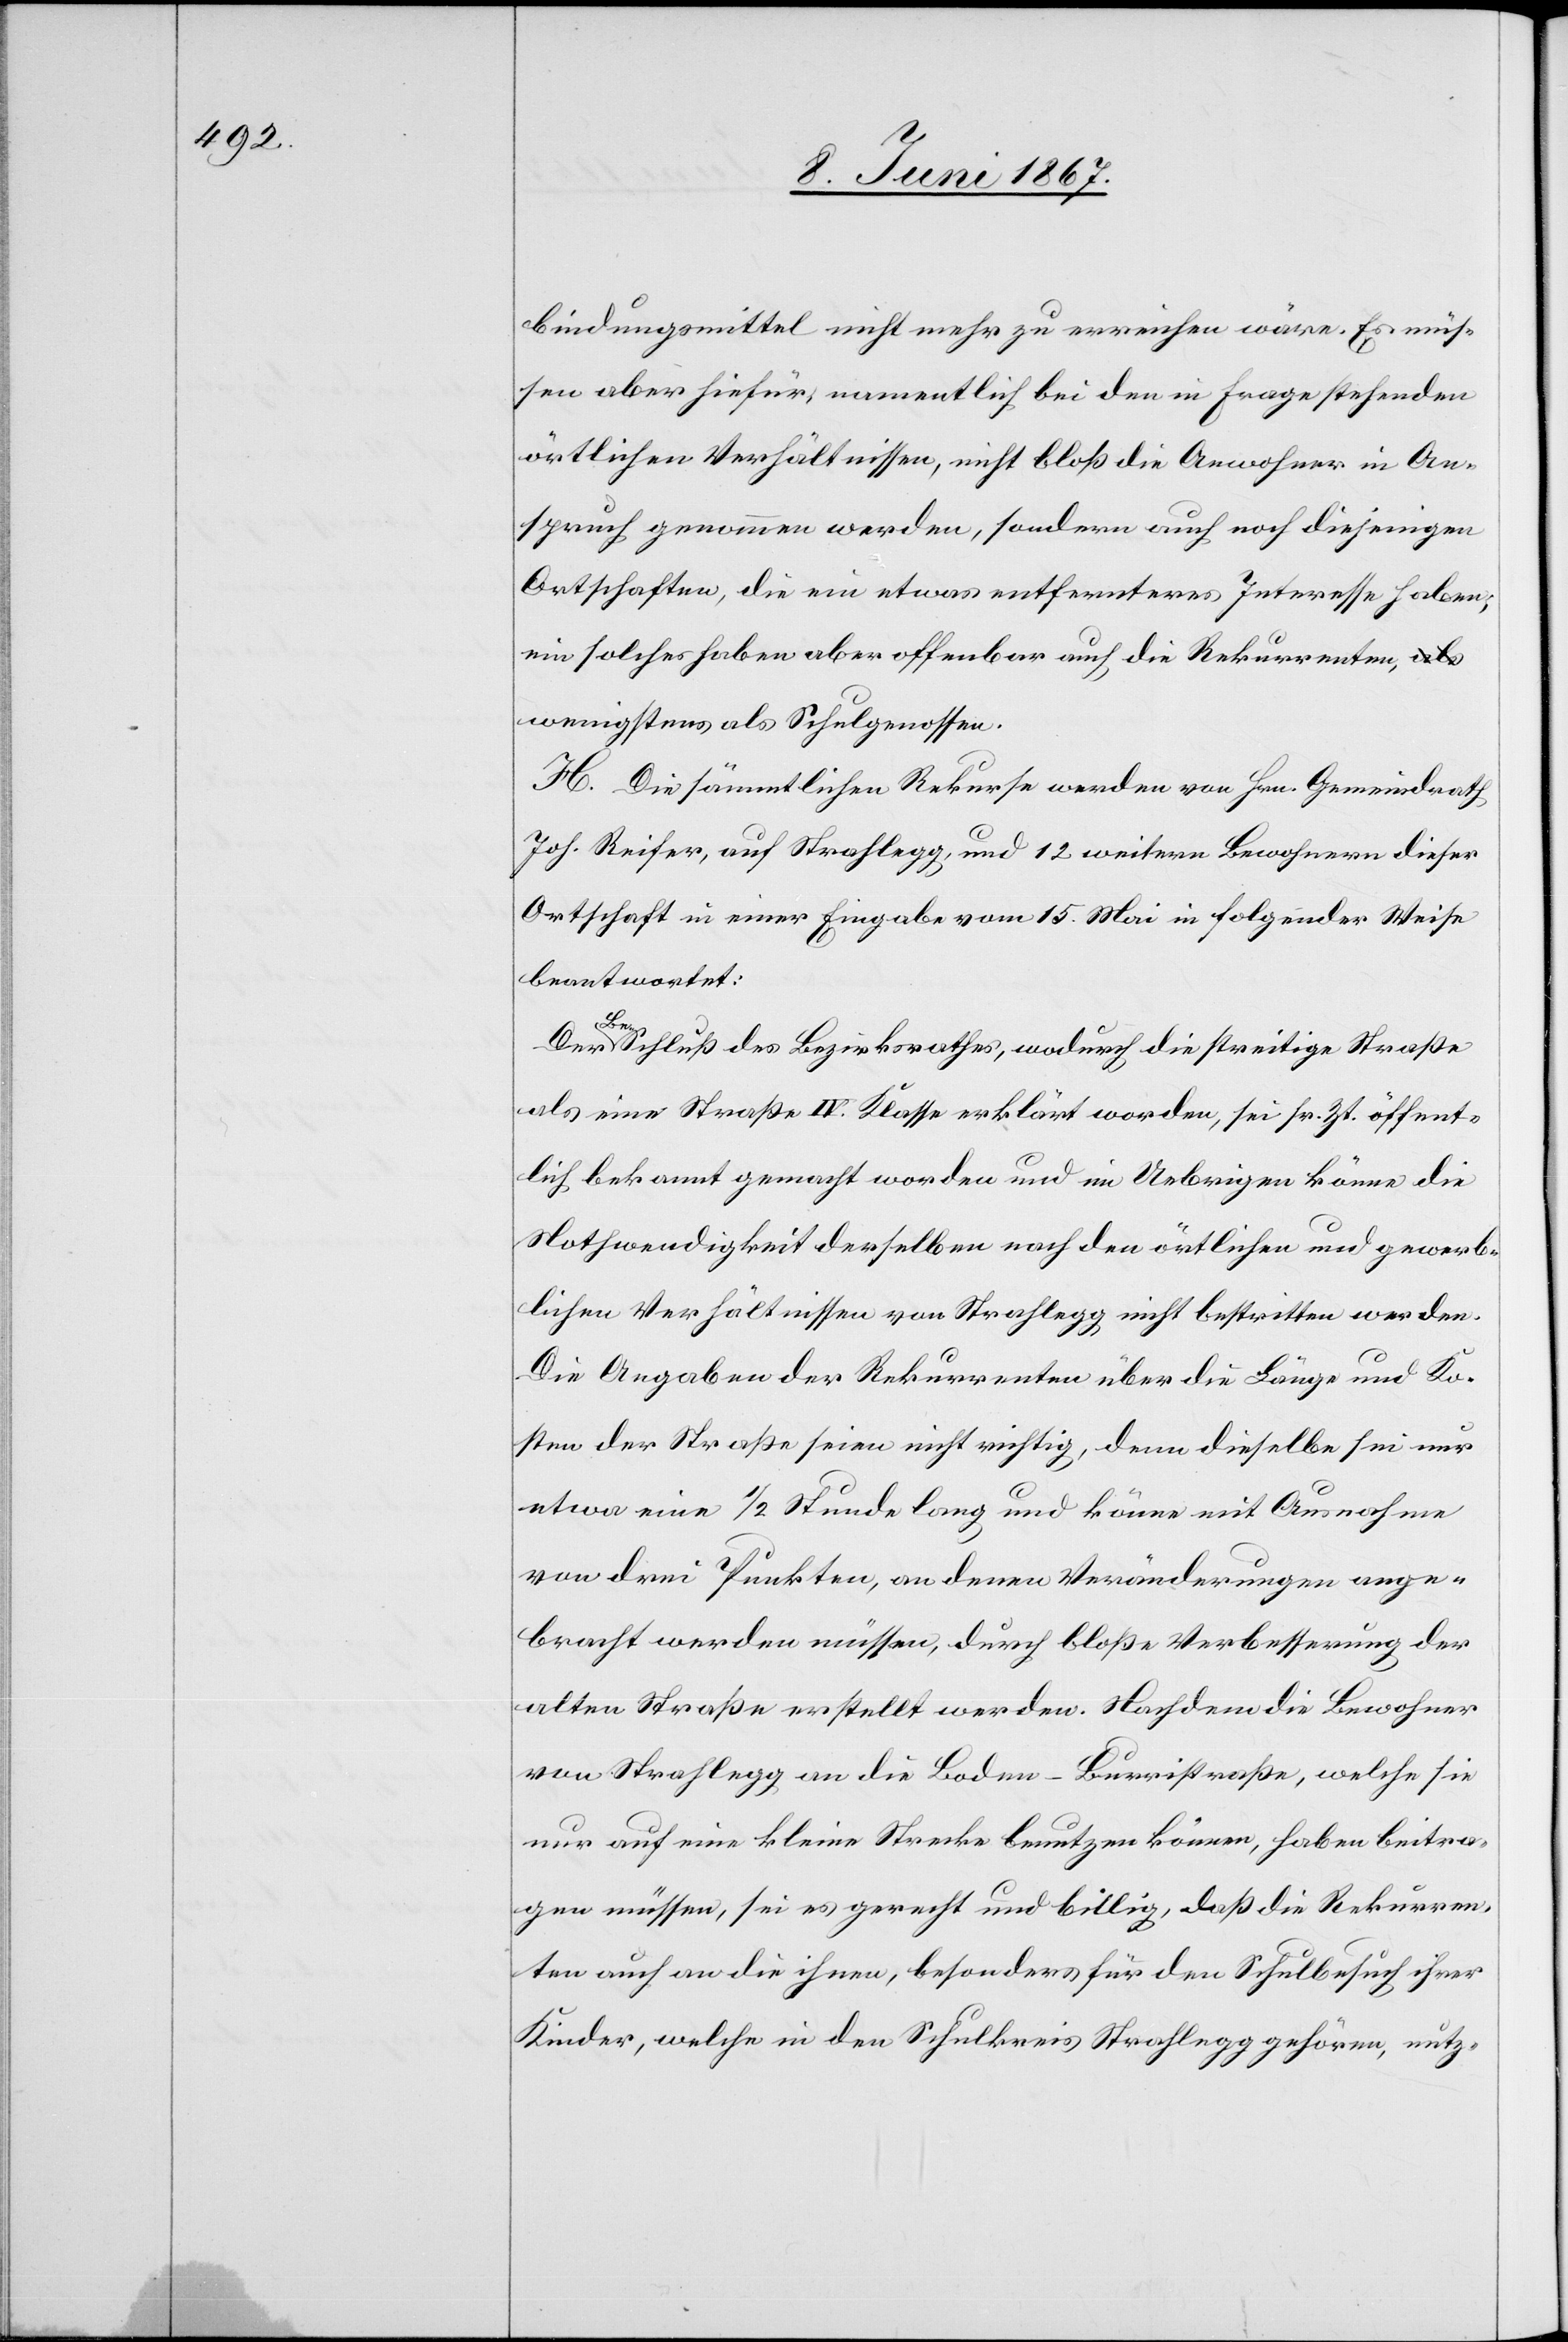
bindungsmittel nicht mehr zu erreichen wäre. Es müs¬
sen aber hiefür, namentlich bei den in Frage stehenden
örtlichen Verhältnissen, nicht bloß die Anwohner in An¬
spruch genommen werden, sondern auch noch diejenigen
Ortschaften, die ein etwas entfernteres Interesse haben:
ein solches haben aber offenbar auch die Rekurrenten,
wenigstens als Schulgenossen.
H. Die sämmtlichen Rekurse werden von Hrn. Gemeindrath
Joh. Reiser, auf Strahlegg, und 12 weitern Bewohnern dieser
Ortschaft in einer Eingabe vom 15. Mai in folgender Weise
beantwortet:
Der
Bau-Schluß des Bezirksrathes, wodurch die streitige Straße
als eine Straße IV. Klasse erklärt worden, sei sr. Zt. öffent¬
lich bekannt gemacht worden und im Uebrigen könne die
Nothwendigkeit derselben nach den örtlichen und gewerb¬
lichen Verhältnissen von Strahlegg nicht bestritten werden.
Die Angaben der Rekurrenten über die Länge und Ko¬
sten der Straße seien nicht richtig, denn dieselbe sei nur
etwa eine 1/2 Stunde lang und könne mit Ausnahme
von drei Punkten, an denen Veränderungen ange¬
bracht werden müssen, durch bloße Verbesserung der
alten Straße erstellt werden. Nachdem die Bewohner
von Strahlegg an die Boden-Burristraße, welche sie
nur auf eine kleine Strecke benutzen können, haben beitra¬
gen müssen, sei es gerecht und billig, daß die Rekurren¬
ten auch an die ihnen, besonders für den Schulbesuch ihrer
Kinder, welche in den Schulkreis Strahlegg gehören, nutz-